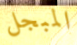
المبجل